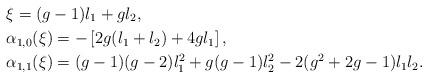
LaTeX: \begin{align*}& \xi = (g-1)l_1 + gl_2, \\& \alpha_{1,0}(\xi) = -\left[2g(l_1 + l_2) + 4gl_1\right], \\& \alpha_{1,1}(\xi) = (g - 1)(g - 2)l_1^2 + g(g - 1)l_2^2 - 2(g^2 + 2g - 1)l_1l_2.\end{align*}